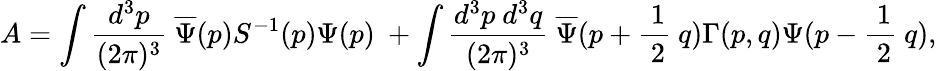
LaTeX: A=\int\frac{d^{3}p}{(2\pi)^{3}}\ \overline{{{\Psi}}}(p)S^{-1}(p)\Psi(p)\ +\int\frac{d^{3}p\ d^{3}q}{(2\pi)^{3}}\ \overline{{{\Psi}}}(p+\frac{\ 1}{\ 2}\ q)\Gamma(p,q)\Psi(p-\frac{\ 1}{\ 2}\ q),